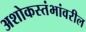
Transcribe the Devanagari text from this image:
अशोकस्तंभांवरील